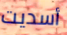
أسديت